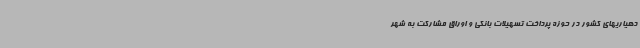
دهیاریهای کشور در حوزه پرداخت تسهیلات بانکی و اوراق مشارکت به شهر